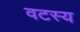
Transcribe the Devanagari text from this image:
वटस्य